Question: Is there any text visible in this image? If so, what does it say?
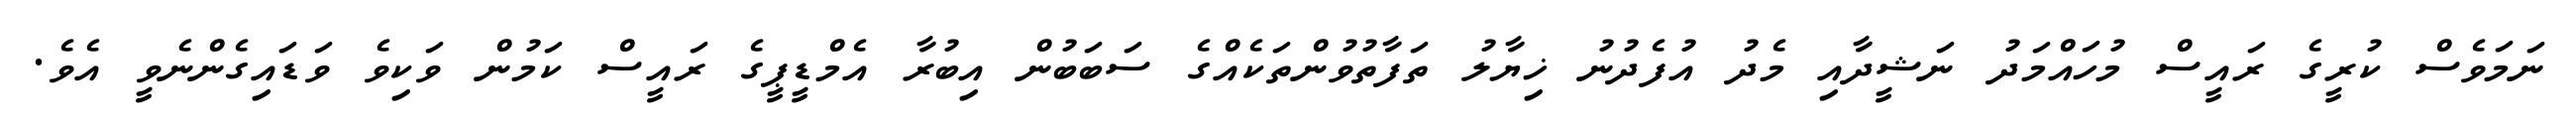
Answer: ނަމަވެސް ކުރީގެ ރައީސް މުހައްމަދު ނަޝީދާއި މެދު އުފެދުނު ޚިޔާލު ތަފާތުވުންތަކެއްގެ ސަބަބުން އިބުރާ އެމްޑީޕީގެ ރައީސް ކަމުން ވަކިވެ ވަޑައިގެންނެވީ އެވެ.